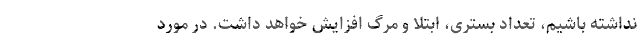
نداشته باشیم، تعداد بستری، ابتلا و مرگ افزایش خواهد داشت. در مورد